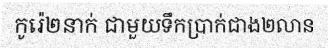
កូរ៉េ២នាក់ ជាមួយទឹកប្រាក់ជាង២លាន